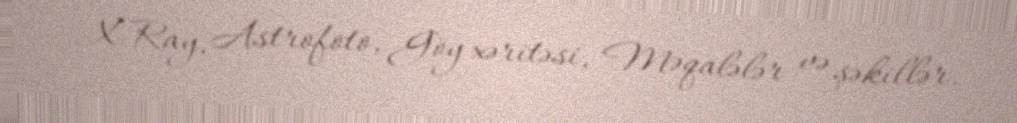
X-Ray, Astrofoto, Göy xəritəsi, Məqalələr və şəkillər.